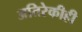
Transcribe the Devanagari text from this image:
अतिरेकीही